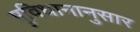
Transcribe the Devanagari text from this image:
सुविधानानुसार